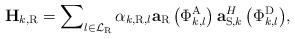
LaTeX: \begin{align*} {{\bf{H}}_{k,{\rm{R}}}} = \sum\nolimits_{l \in {\mathcal L}_{{\rm{R}}}} {{\alpha _{{k,{\rm{R}}},l}}{{\bf{a}}_{\rm{R}}}\left( {\Phi _{{k},l}^{\rm{A}}} \right){\bf{a}}_{{\rm{S,}}k}^H\left( {\Phi _{{k},l}^{\rm{D}}} \right)},\end{align*}